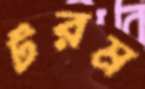
টরম